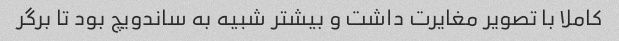
کاملا با تصویر مغایرت داشت و بیشتر شبیه به ساندویچ بود تا برگر